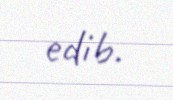
edib.